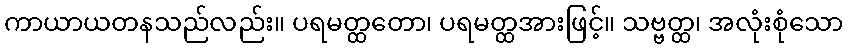
ကာယာယတနသည်လည်း။ ပရမတ္ထတော၊ ပရမတ္ထအားဖြင့်။ သဗ္ဗတ္ထ၊ အလုံးစုံသော